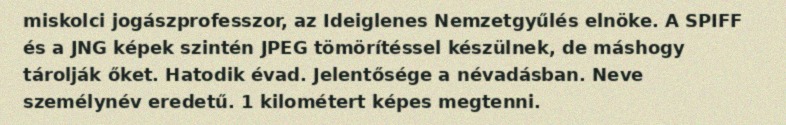
miskolci jogászprofesszor, az Ideiglenes Nemzetgyűlés elnöke. A SPIFF és a JNG képek szintén JPEG tömörítéssel készülnek, de máshogy tárolják őket. Hatodik évad. Jelentősége a névadásban. Neve személynév eredetű. 1 kilométert képes megtenni.